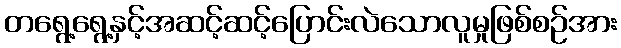
တရွေ့ရွေ့နှင့်အဆင့်ဆင့်ပြောင်းလဲသောလူမှုဖြစ်စဉ်အား